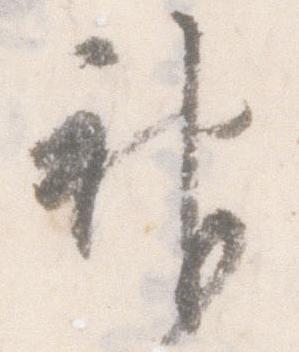
神